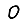
Digit: 0